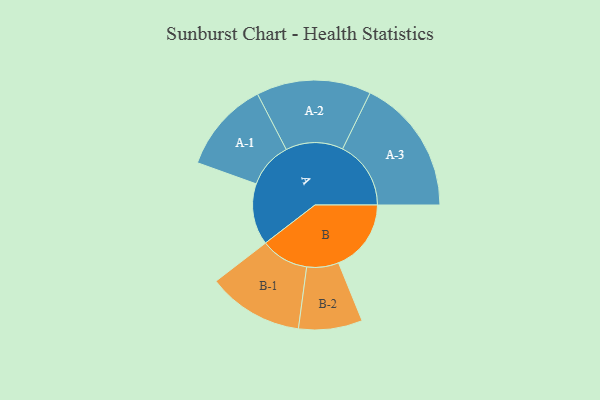
{"axis": {"x": "Segment", "y": "Value"}, "legend": ["", "A", "B"], "data": [{"x": "A", "y": 229, "type": ""}, {"x": "B", "y": 271, "type": ""}, {"x": "A-1", "y": 171, "type": "A"}, {"x": "A-2", "y": 214, "type": "A"}, {"x": "A-3", "y": 255, "type": "A"}, {"x": "B-1", "y": 179, "type": "B"}, {"x": "B-2", "y": 119, "type": "B"}]}